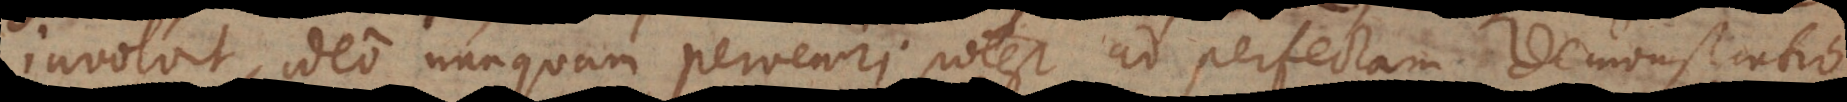
involvit, ideo nunquam perveniri potest ad perfectam demonstratione